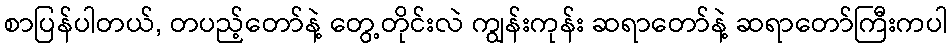
စာပြန်ပါတယ်, တပည့်တော်နဲ့ တွေ့တိုင်းလဲ ကျွန်းကုန်း ဆရာတော်နဲ့ ဆရာတော်ကြီးကပါ